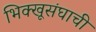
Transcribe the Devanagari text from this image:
भिक्खूसंघाची